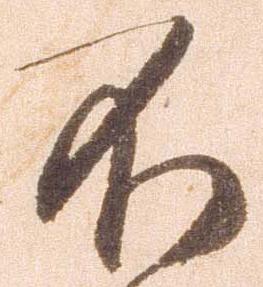
不